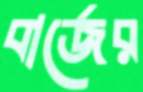
বার্জের